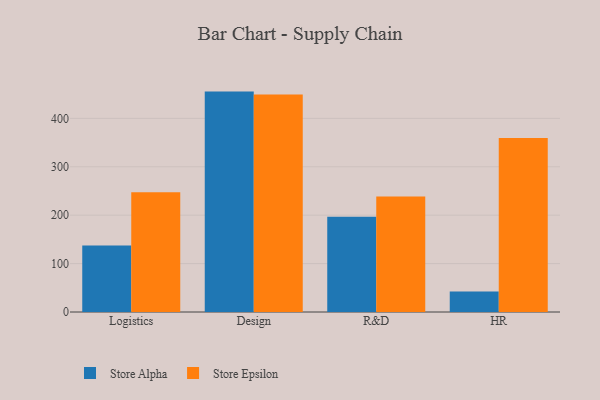
{"axis": {"x": "Department", "y": "Operating Costs (USD K)"}, "legend": ["Store Alpha", "Store Epsilon"], "data": [{"x": "Logistics", "y": 137.6, "type": "Store Alpha"}, {"x": "Logistics", "y": 247.5, "type": "Store Epsilon"}, {"x": "Design", "y": 455.3, "type": "Store Alpha"}, {"x": "Design", "y": 449.3, "type": "Store Epsilon"}, {"x": "R&D", "y": 196.6, "type": "Store Alpha"}, {"x": "R&D", "y": 238.8, "type": "Store Epsilon"}, {"x": "HR", "y": 42.2, "type": "Store Alpha"}, {"x": "HR", "y": 359.6, "type": "Store Epsilon"}]}